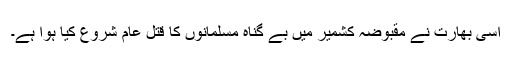
اسی بھارت نے مقبوضہ کشمیر میں بے گناہ مسلمانوں کا قتل عام شروع کیا ہوا ہے۔